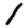
Digit: 1